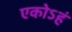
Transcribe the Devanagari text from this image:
एकोऽहं